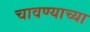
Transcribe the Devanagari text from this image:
चावण्याच्या